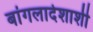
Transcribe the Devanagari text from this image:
बांगलादेशाशी